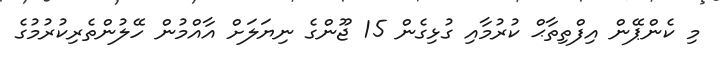
މި ކެންޕޭން އިފްތިތާޙް ކުރުމާއި ގުޅިގެން 15 ޖޫންގެ ނިޔަލަށް އާއްމުން ހޭލުންތެރިކުރުމުގެ